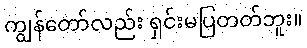
ကျွန်တော်လည်း ရှင်းမပြတတ်ဘူး။